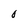
Character: 0